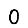
Digit: 0